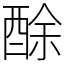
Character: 酴